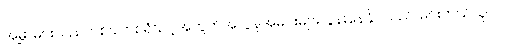
အမွှာများသည်တစ်ခါတစ်ရံသင့်အတွက်အလွန်အမင်းများလွန်းနေနိုင်သည်၊ မင်းဘယ်သူလဲ။